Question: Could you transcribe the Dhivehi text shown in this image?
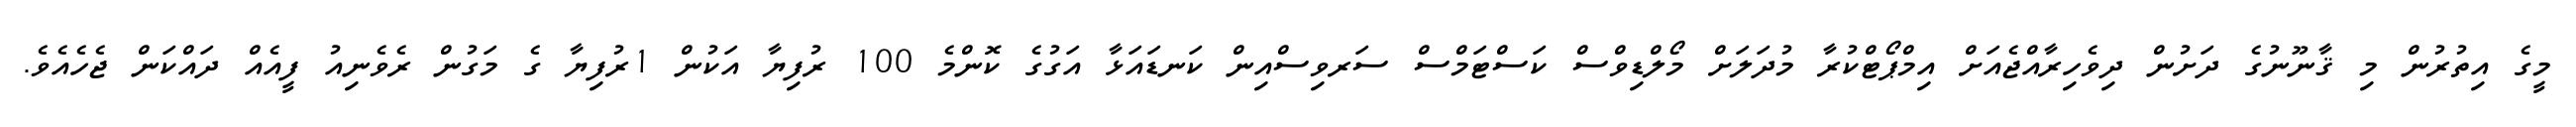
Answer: މީގެ އިތުރުން މި ޤާނޫނުގެ ދަށުން ދިވެހިރާއްޖެއަށް އިމްޕޯޓްކުރާ މުދަލަށް މޯލްޑިވްސް ކަސްޓަމްސް ސަރވިސްއިން ކަނޑައަޅާ އަގުގެ ކޮންމެ 100 ރުފިޔާ އަކުން 1ރުފިޔާ ގެ މަގުން ރެވެނިއު ފީއެއް ދައްކަން ޖެހެއެވެ.